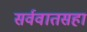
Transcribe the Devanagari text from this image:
सर्ववातसहां